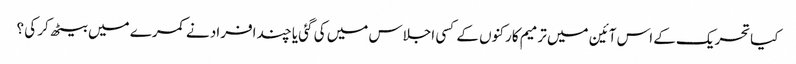
کیاتحریک کے اس آئین میں ترمیم کارکنوں کے کسی اجلاس میں کی گئی یا چند افراد نے کمرے میں بیٹھ کر کی ؟